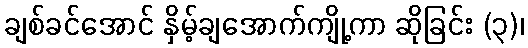
ချစ်ခင်အောင် နှိမ့်ချအောက်ကျို့ကာ ဆိုခြင်း (၃)၊